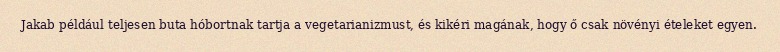
Jakab például teljesen buta hóbortnak tartja a vegetarianizmust, és kikéri magának, hogy ő csak növényi ételeket egyen.